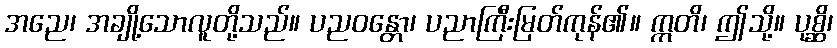
အညေ၊ အချို့သောလူတို့သည်။ ပညဝန္တော၊ ပညာကြီးမြတ်ကုန်၏။ ဣတိ၊ ဤသို့။ ပုစ္ဆိ၊